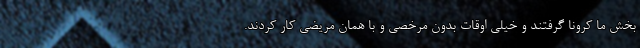
بخش ما کرونا گرفتند و خیلی اوقات بدون مرخصی و با همان مریضی کار کردند.